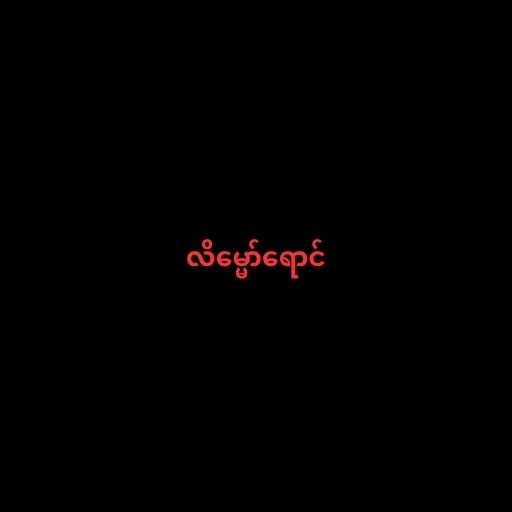
လိမ္မော်ရောင်